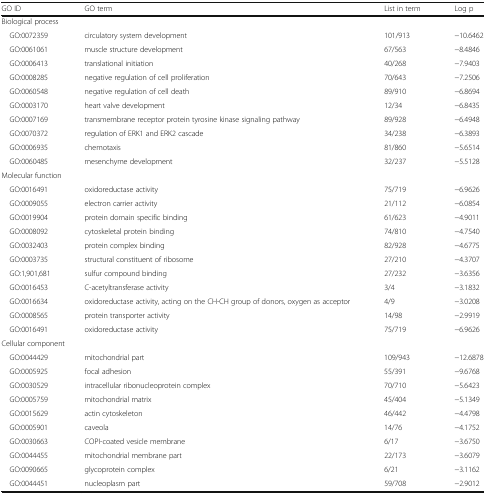
<table><thead><tr><td><b>GO ID</b></td><td><b>GO term</b></td><td><b>List in term</b></td><td><b>Log p</b></td></tr></thead><tbody><tr><td colspan="4">Biological process</td></tr><tr><td> GO:0072359</td><td>circulatory system development</td><td>101/913</td><td>−10.6462</td></tr><tr><td> GO:0061061</td><td>muscle structure development</td><td>67/563</td><td>−8.4846</td></tr><tr><td> GO:0006413</td><td>translational initiation</td><td>40/268</td><td>−7.9403</td></tr><tr><td> GO:0008285</td><td>negative regulation of cell proliferation</td><td>70/643</td><td>−7.2506</td></tr><tr><td> GO:0060548</td><td>negative regulation of cell death</td><td>89/910</td><td>−6.8694</td></tr><tr><td> GO:0003170</td><td>heart valve development</td><td>12/34</td><td>−6.8435</td></tr><tr><td> GO:0007169</td><td>transmembrane receptor protein tyrosine kinase signaling pathway</td><td>89/928</td><td>−6.4948</td></tr><tr><td> GO:0070372</td><td>regulation of ERK1 and ERK2 cascade</td><td>34/238</td><td>−6.3893</td></tr><tr><td> GO:0006935</td><td>chemotaxis</td><td>81/860</td><td>−5.6514</td></tr><tr><td> GO:0060485</td><td>mesenchyme development</td><td>32/237</td><td>−5.5128</td></tr><tr><td colspan="4">Molecular function</td></tr><tr><td> GO:0016491</td><td>oxidoreductase activity</td><td>75/719</td><td>−6.9626</td></tr><tr><td> GO:0009055</td><td>electron carrier activity</td><td>21/112</td><td>−6.0854</td></tr><tr><td> GO:0019904</td><td>protein domain specific binding</td><td>61/623</td><td>−4.9011</td></tr><tr><td> GO:0008092</td><td>cytoskeletal protein binding</td><td>74/810</td><td>−4.7540</td></tr><tr><td> GO:0032403</td><td>protein complex binding</td><td>82/928</td><td>−4.6775</td></tr><tr><td> GO:0003735</td><td>structural constituent of ribosome</td><td>27/210</td><td>−4.3707</td></tr><tr><td> GO:1,901,681</td><td>sulfur compound binding</td><td>27/232</td><td>−3.6356</td></tr><tr><td> GO:0016453</td><td>C-acetyltransferase activity</td><td>3/4</td><td>−3.1832</td></tr><tr><td> GO:0016634</td><td>oxidoreductase activity, acting on the CH-CH group of donors, oxygen as acceptor</td><td>4/9</td><td>−3.0208</td></tr><tr><td> GO:0008565</td><td>protein transporter activity</td><td>14/98</td><td>−2.9919</td></tr><tr><td> GO:0016491</td><td>oxidoreductase activity</td><td>75/719</td><td>−6.9626</td></tr><tr><td colspan="4">Cellular component</td></tr><tr><td> GO:0044429</td><td>mitochondrial part</td><td>109/943</td><td>−12.6878</td></tr><tr><td> GO:0005925</td><td>focal adhesion</td><td>55/391</td><td>−9.6768</td></tr><tr><td> GO:0030529</td><td>intracellular ribonucleoprotein complex</td><td>70/710</td><td>−5.6423</td></tr><tr><td> GO:0005759</td><td>mitochondrial matrix</td><td>45/404</td><td>−5.1349</td></tr><tr><td> GO:0015629</td><td>actin cytoskeleton</td><td>46/442</td><td>−4.4798</td></tr><tr><td> GO:0005901</td><td>caveola</td><td>14/76</td><td>−4.1752</td></tr><tr><td> GO:0030663</td><td>COPI-coated vesicle membrane</td><td>6/17</td><td>−3.6750</td></tr><tr><td> GO:0044455</td><td>mitochondrial membrane part</td><td>22/173</td><td>−3.6079</td></tr><tr><td> GO:0090665</td><td>glycoprotein complex</td><td>6/21</td><td>−3.1162</td></tr><tr><td> GO:0044451</td><td>nucleoplasm part</td><td>59/708</td><td>−2.9012</td></tr></tbody></table>